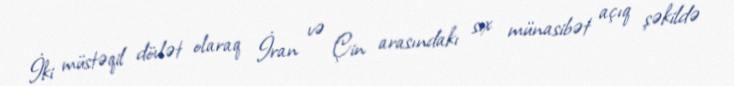
İki müstəqil dövlət olaraq İran və Çin arasındakı sıx münasibət açıq şəkildə